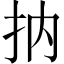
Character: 抐